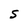
Character: S